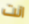
انت